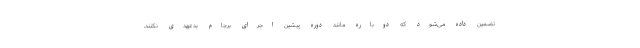
تضمین داده می‌شود که دوباره مانند دوره پیشین اجرای برجام بدعهدی نکنند،